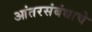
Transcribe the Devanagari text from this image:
आंतरसंबंधाचे